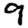
Digit: 9